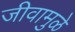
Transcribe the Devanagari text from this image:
जीवामुळे